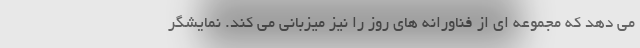
می دهد که مجموعه ای از فناورانه های روز را نیز میزبانی می کند. نمایشگر